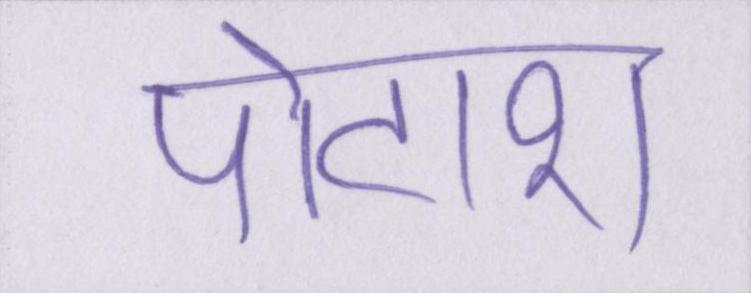
पोटाश